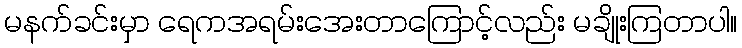
မနက်ခင်းမှာ ရေကအရမ်းအေးတာကြောင့်လည်း မချိုးကြတာပါ။